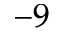
^ { - 9 }